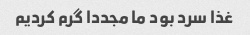
غذا سرد بود ما مجددا گرم کردیم